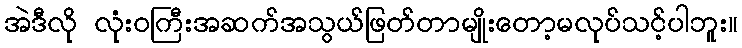
အဲဒီလို လုံးဝကြီးအဆက်အသွယ်ဖြတ်တာမျိုးတော့မလုပ်သင့်ပါဘူး။